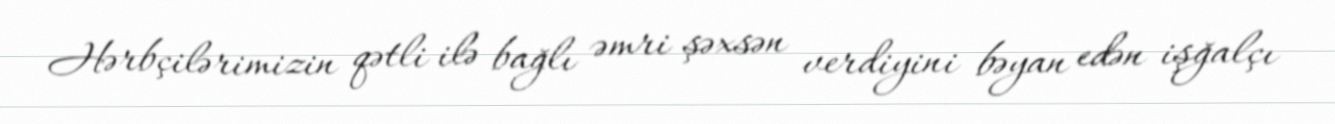
Hərbçilərimizin qətli ilə bağlı əmri şəxsən verdiyini bəyan edən işğalçı